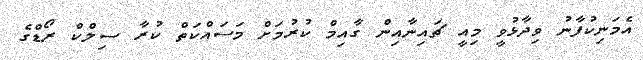
އެމަނިކުފާނުު ވިދާޅުވީ މިއީ ޗައިނާއިން ގާއިމް ކުރުމަށް މަސައްކަތް ކުރާ ސިލްކް ރޯޑްގެ